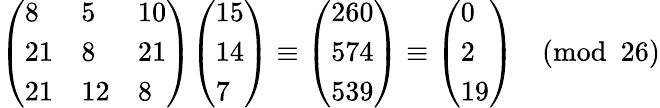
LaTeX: {\left(\begin{array}{lll}{8}&{5}&{10}\\ {21}&{8}&{21}\\ {21}&{12}&{8}\end{array}\right)}{\left(\begin{array}{l}{15}\\ {14}\\ {7}\end{array}\right)}\equiv{\left(\begin{array}{l}{260}\\ {574}\\ {539}\end{array}\right)}\equiv{\left(\begin{array}{l}{0}\\ {2}\\ {19}\end{array}\right)}{\pmod{26}}